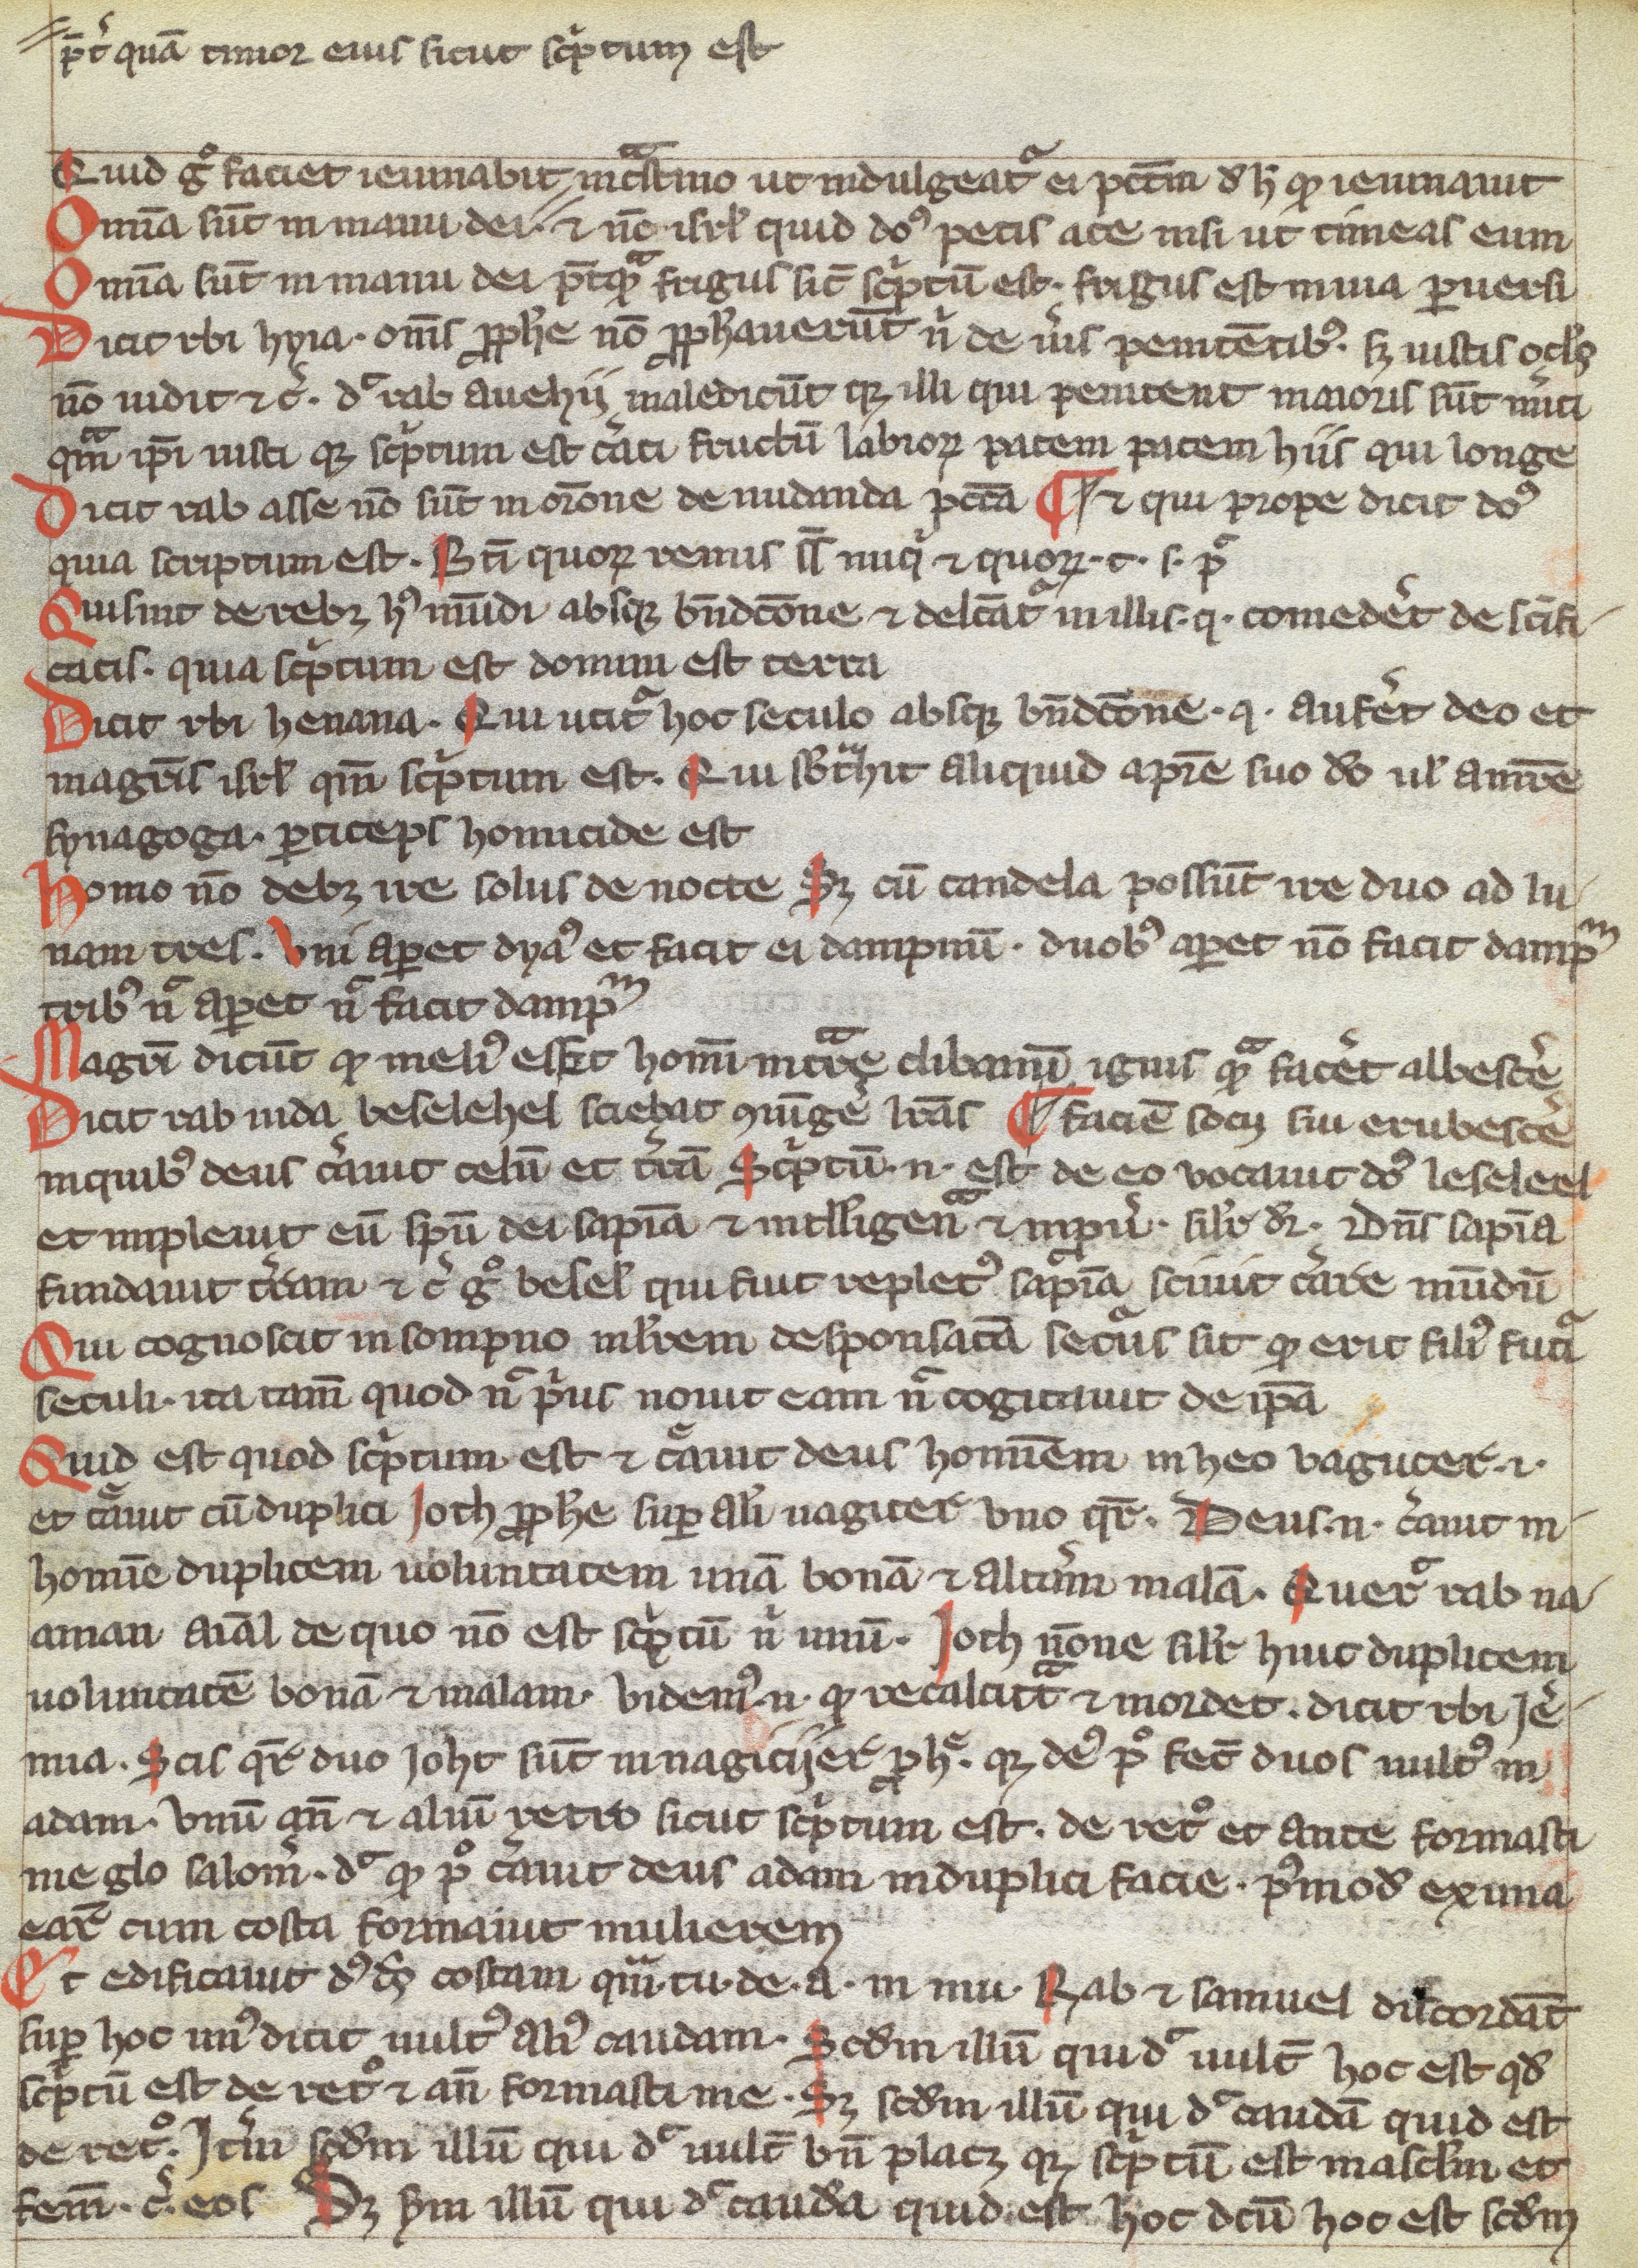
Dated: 1200–1399